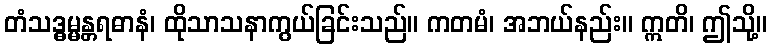
တံသဒ္ဓမ္မန္တရဓာနံ၊ ထိုသာသနာကွယ်ခြင်းသည်။ ကတမံ၊ အဘယ်နည်း။ ဣတိ၊ ဤသို့။